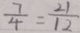
\frac { 7 } { 4 } = \frac { 2 1 } { 1 2 }